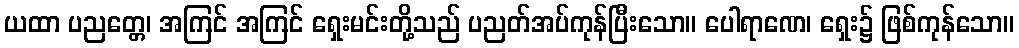
ယထာ ပညတ္တေ၊ အကြင် အကြင် ရှေးမင်းတို့သည် ပညတ်အပ်ကုန်ပြီးသော။ ပေါရာဏေ၊ ရှေး၌ ဖြစ်ကုန်သော။